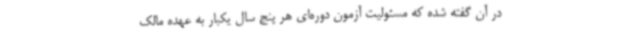
در آن گفته شده که مسئولیت آزمون دوره‌ای هر پنج سال یکبار به عهده مالک